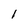
Character: l